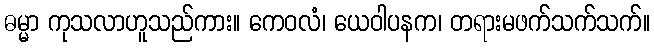
ဓမ္မာ ကုသလာဟူသည်ကား။ ကေဝလံ၊ ယေဝါပနက၊ တရားမဖက်သက်သက်။